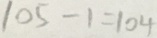
1 0 5 - 1 = 1 0 4